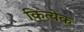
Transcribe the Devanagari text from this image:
कित्‍येक